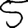
Digit: 5